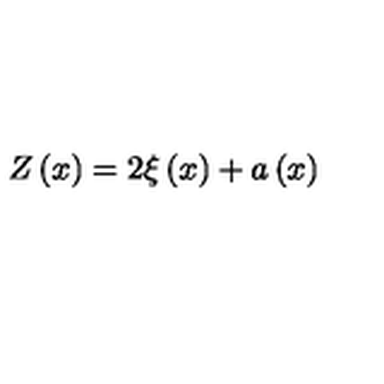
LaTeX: Z \left( x \right) = 2 \xi \left( x \right) + a \left( x \right)